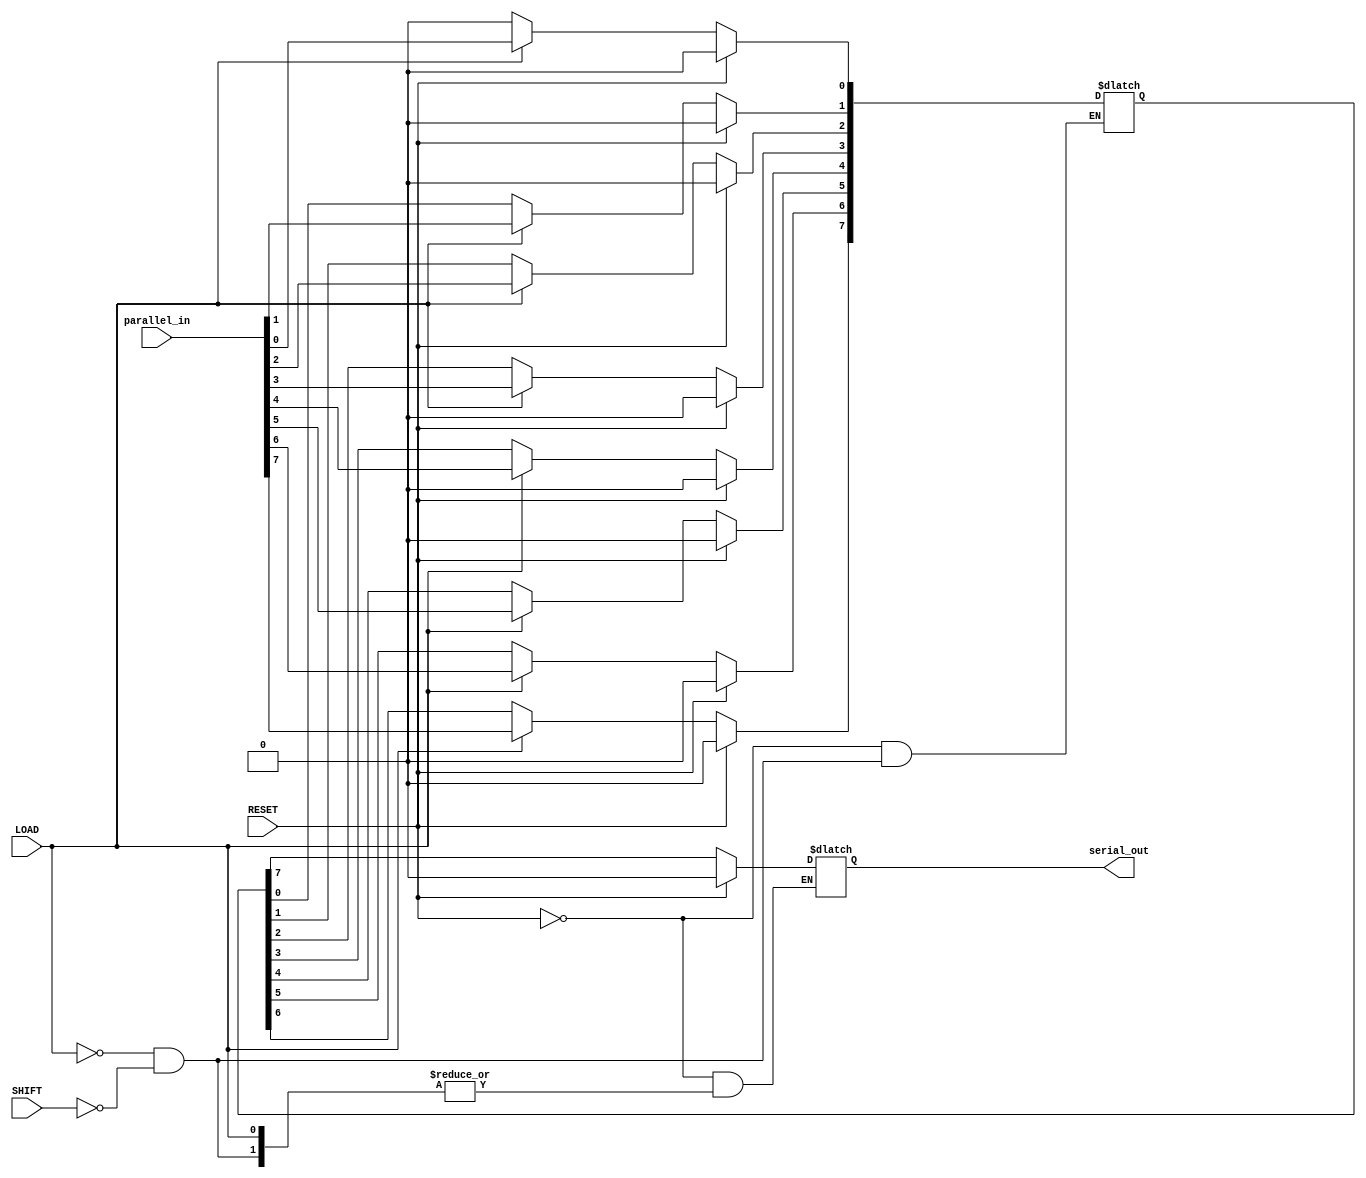
module PISO_Register #(
    parameter N = 8  // Parameter for the number of bits
)(
    input wire [N-1:0] parallel_in,  // Parallel data input
    input wire LOAD,                  // Load signal
    input wire SHIFT,                 // Shift signal
    input wire RESET,                 // Asynchronous reset signal
    output reg serial_out              // Serial data output
);

    reg [N-1:0] shift_reg;            // Shift register to hold the data
    integer i;                        // Loop variable for shifting

    // Asynchronous Reset
    always @(*) begin
        if (RESET) begin
            shift_reg <= {N{1'b0}};   // Clear the register
            serial_out <= 1'b0;       // Clear serial output
        end else if (LOAD) begin
            shift_reg <= parallel_in; // Load parallel data
        end else if (SHIFT) begin
            // Shift operation
            serial_out <= shift_reg[N-1]; // Output MSB
            for (i = N-1; i > 0; i = i - 1) begin
                shift_reg[i] <= shift_reg[i-1]; // Shift left
            end
            shift_reg[0] <= 1'b0; // Optionally replace LSB with zero
        end
    end

endmodule